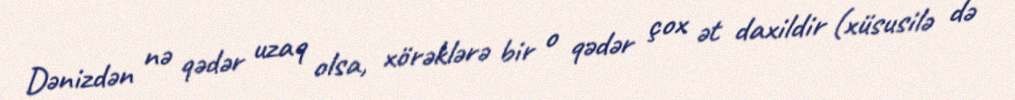
Dənizdən nə qədər uzaq olsa, xörəklərə bir o qədər çox ət daxildir (xüsusilə də